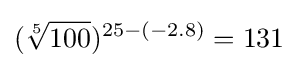
({\sqrt[{5}]{100}})^{25-(-2.8)}=131